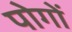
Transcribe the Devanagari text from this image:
पोगों